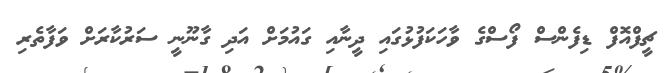
ޗީފްއޮފް ޑިފެންސް ފޯސްގެ ވާހަކަފުޅުގައި ދީނާއި ގައުމަށް އަދި ގާނޫނީ ސަރުކާރަށް ވަފާތެރި